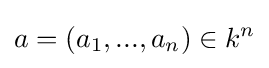
a=(a_{1},...,a_{n})\in k^{n}